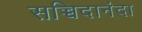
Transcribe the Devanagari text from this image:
सच्चिदानंदा